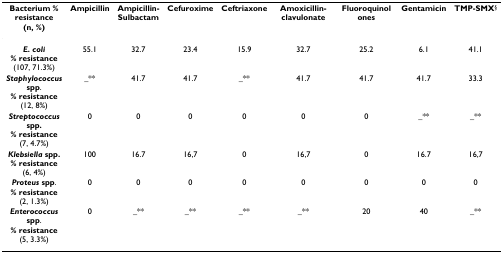
<table><thead><tr><td><b>Bacterium % resistance(n, %)</b></td><td><b>Ampicillin</b></td><td><b>Ampicillin-Sulbactam</b></td><td><b>Cefuroxime</b></td><td><b>Ceftriaxone</b></td><td><b>Amoxicillin-clavulonate</b></td><td><b>Fluoroquinolones</b></td><td><b>Gentamicin</b></td><td><b>TMP-SMX<sup>§</sup></b></td></tr></thead><tbody><tr><td><b><i>E. coli</i></b><b>% resistance</b>(107, 71.3%)</td><td>55.1</td><td>32.7</td><td>23.4</td><td>15.9</td><td>32.7</td><td>25.2</td><td>6.1</td><td>41.1</td></tr><tr><td><b><i>Staphylococcus </i>spp</b>.<b>% resistance </b>(12, 8%)</td><td>_**</td><td>41.7</td><td>41.7</td><td>_**</td><td>41.7</td><td>41.7</td><td>41.7</td><td>33.3</td></tr><tr><td><b><i>Streptococcus </i>spp.</b><b>% resistance </b>(7, 4.7%)</td><td>0</td><td>0</td><td>0</td><td>0</td><td>0</td><td>0</td><td>_**</td><td>_**</td></tr><tr><td><b><i>Klebsiella </i>spp.</b><b>% resistance </b>(6, 4%)</td><td>100</td><td>16.7</td><td>16,7</td><td>0</td><td>16,7</td><td>0</td><td>16.7</td><td>16,7</td></tr><tr><td><b><i>Proteus </i>spp</b>.<b>% resistance </b>(2, 1.3%)</td><td>0</td><td>0</td><td>0</td><td>0</td><td>0</td><td>0</td><td>0</td><td>0</td></tr><tr><td><b><i>Enterococcus </i>spp</b>.<b>% resistance </b>(5, 3.3%)</td><td>0</td><td>_**</td><td>_**</td><td>_**</td><td>_**</td><td>20</td><td>40</td><td>_**</td></tr></tbody></table>